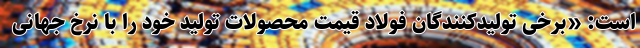
است: «برخی تولیدکنندگان فولاد قیمت محصولات تولید خود را با نرخ جهانی